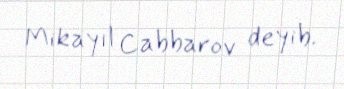
Mikayıl Cabbarov deyib.